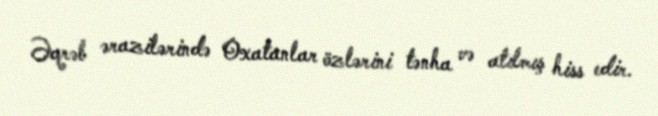
Əqrəb ərazilərində Oxatanlar özlərini tənha və atılmış hiss edir.